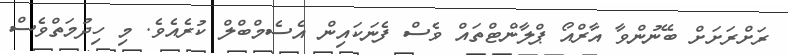
ރަށްރަށަށް ބޭނުންވާ އާރްއޯ ޕްލާންޓްތައް ވެސް ފެނަކައިން އެސެމްބްލް ކުރެއެވެ. މި ހިދުމަތްވެސް